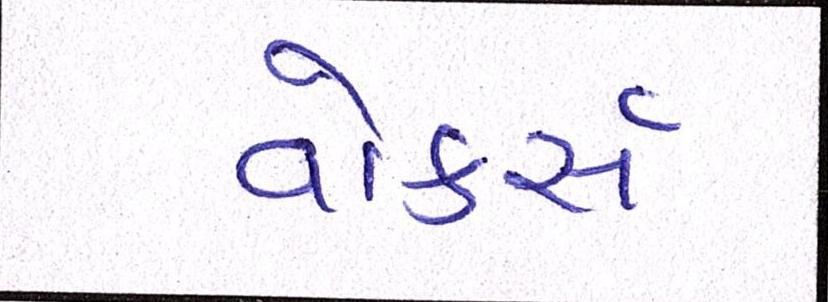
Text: વોકર્સ